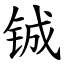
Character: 铖